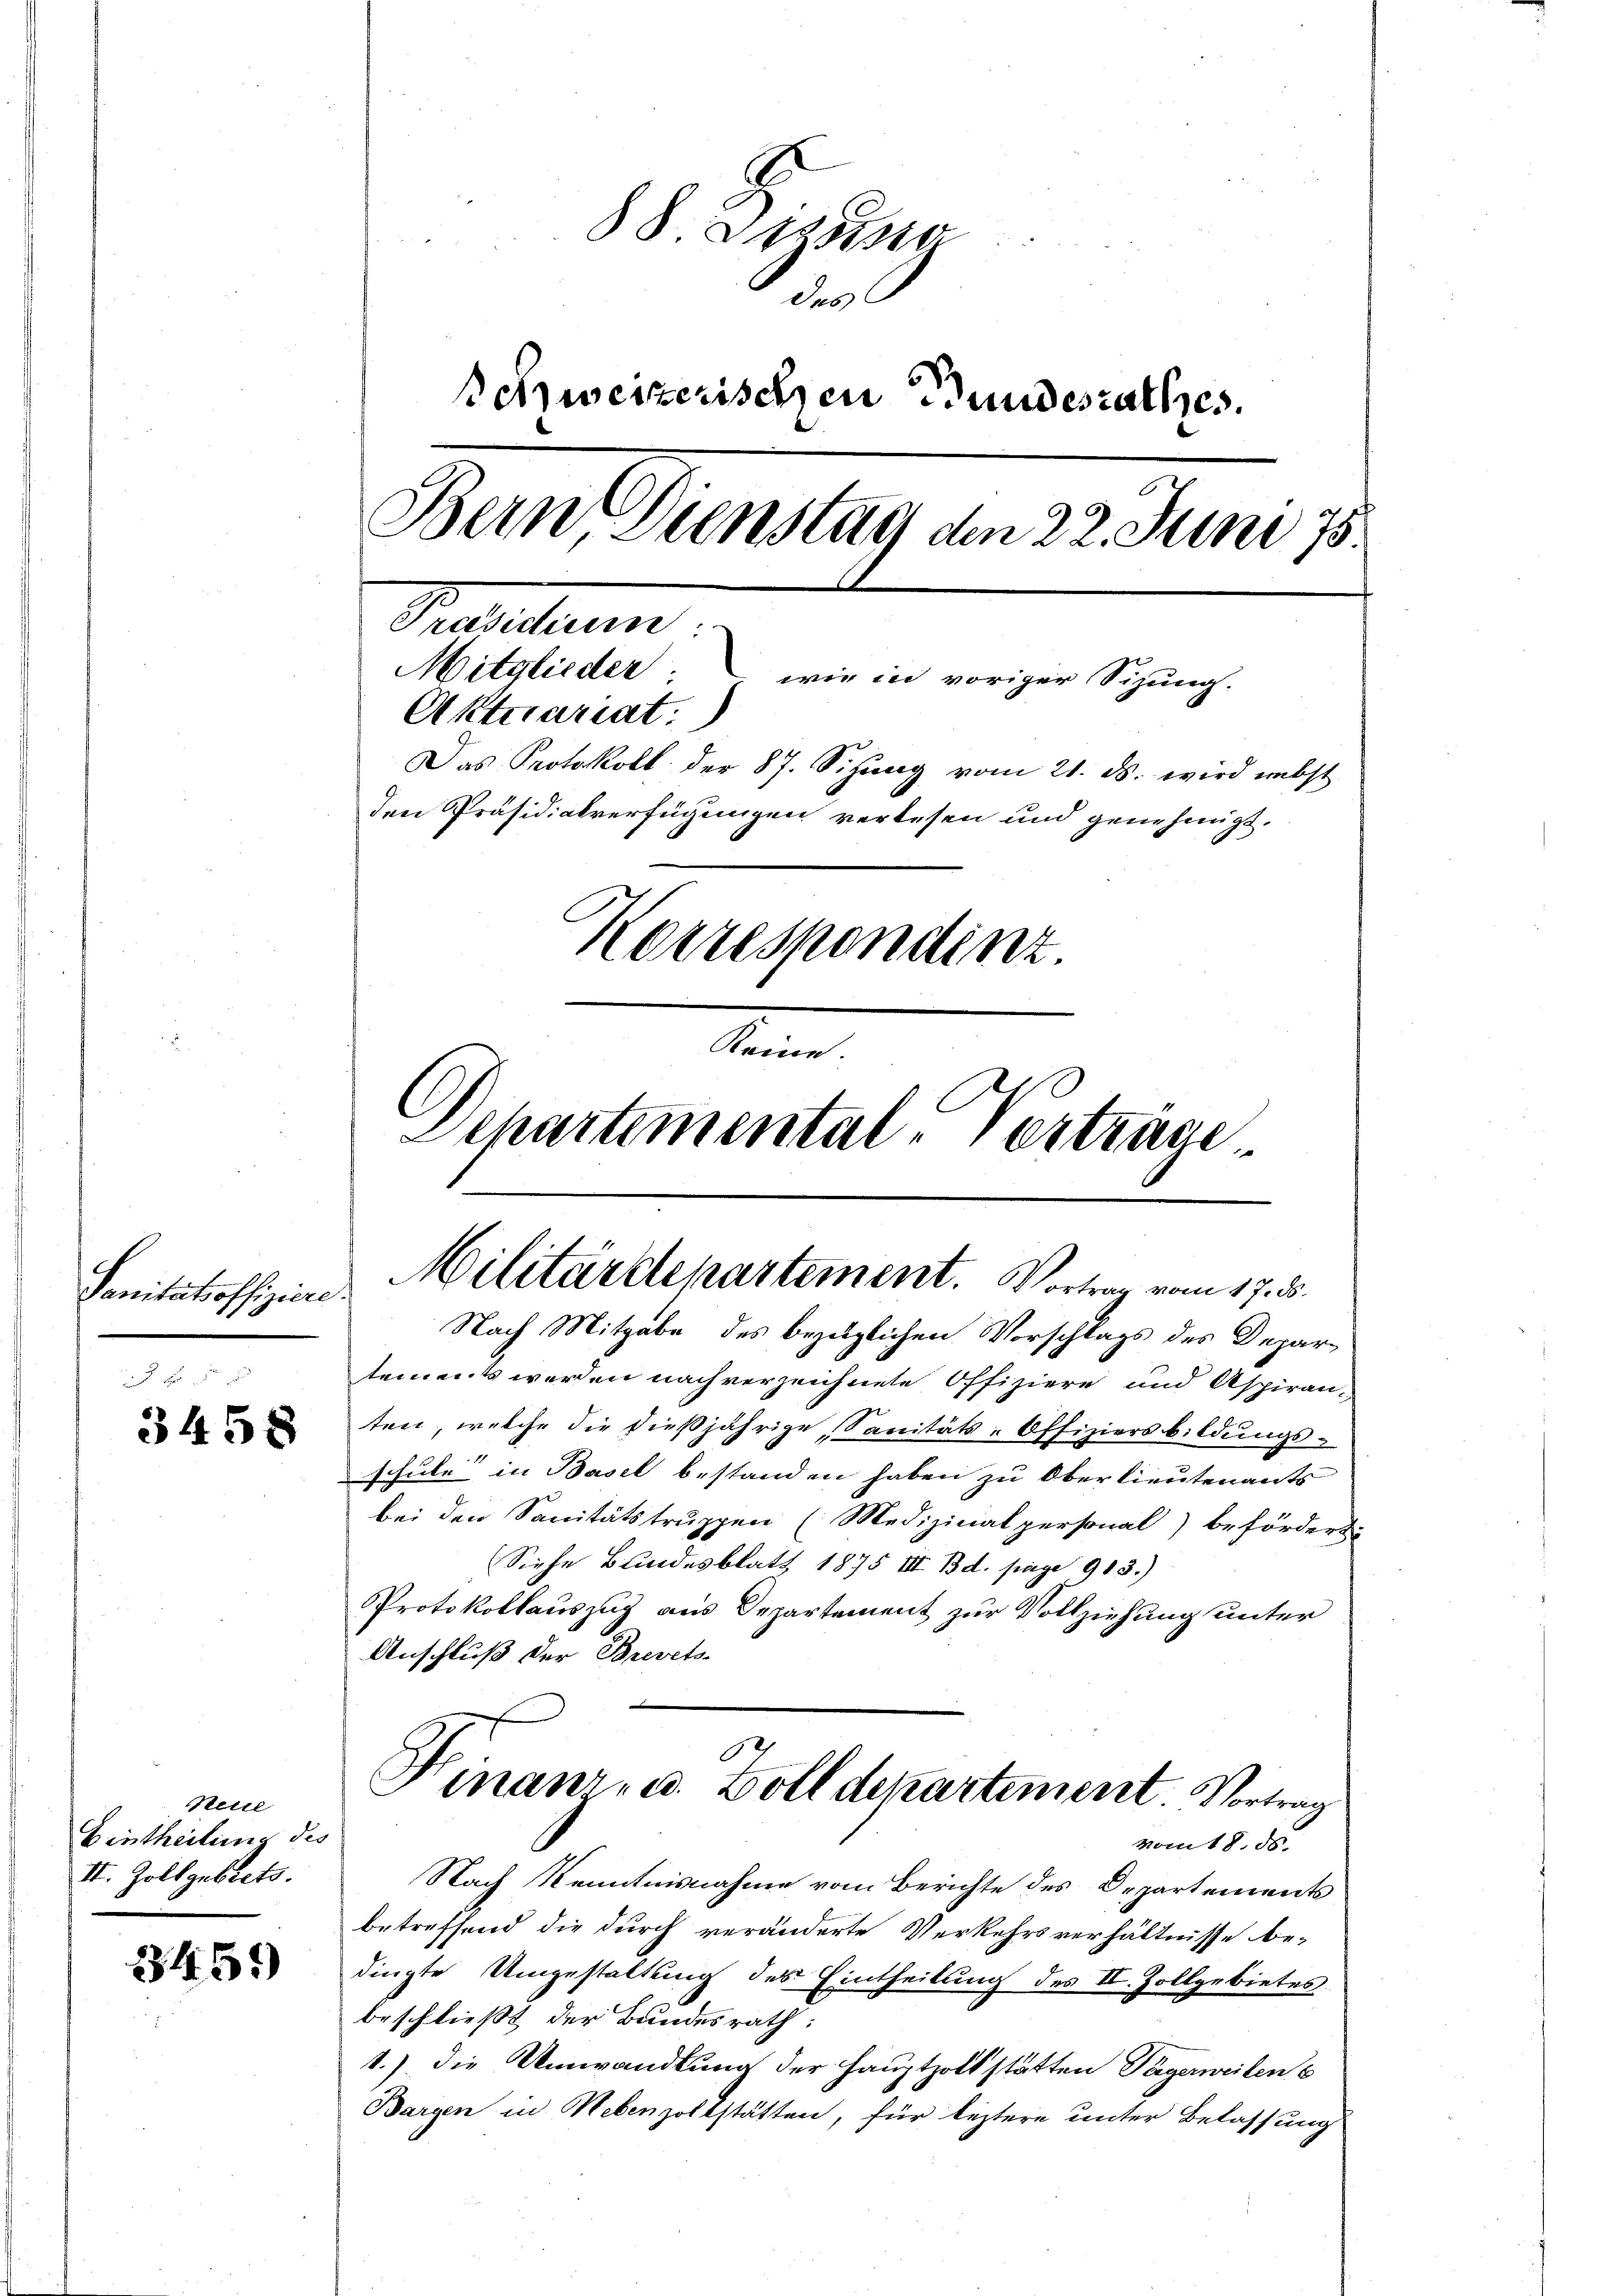
Sanitätsoffiziere

3458

3459)

88 Dispo
des
schweizerischen Bundesrathes.
Bein Dienstag den 22. Juni 18
Praestaun
Mitglieder
 wie in voriger Sizung.
Aktuariat:)
Das Protokoll der 87. Sitzŭng vom 21. ds. wird nebst
den Präsidialverfügungen verlesen und genehmigt.
Korrespendinz.
Keine.
Dchartemental-Verträge

Neile
Eintheilung des
II. Zoll gebiets.

Militärdepartement. Vortrag vom 17. ds.
.
Nach Mitgabe des bezüglichen Vorschlags des Depar¬

tements werden nach verzeichnete Offiziere und Aspiran-
ten, welche die dießjährige Sanitäts-Offiziersbildungs-
schule in Basel bestanden haben zu Oberlieutenants
bei den Sanitätstruppen (Medizinalpersonal) befördert
Siehe Blindesblatt 1875 II. Bd. pag. 913.)
Protokollauszug aus Departement zur Vollziehung unter
Anschluß der Brevets-
Hinanz- u. Zoll dekartement. Vortrag
vom 18. ds.
Nach Kenntnisnahme vom Berichte des Departements
betreffend die durch veränderte Verkehrsverhältnisse be-
dingte Umgestaltung des Eintheilung des II. Zollgebietes
beschließt der Bundesrath:
1.) Die Umwandlung der Hauptzolt stätten Tägerweiten s
Bargen in Nebenzollstätten, für leztere unter Belassung